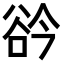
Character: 𧮰